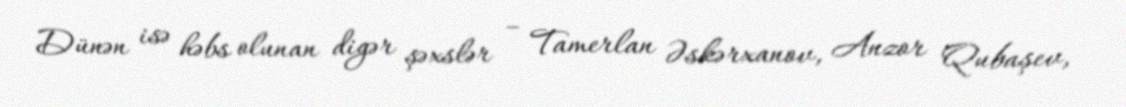
Dünən isə həbs olunan digər şəxslər – Tamerlan Əskərxanov, Anzor Qubaşev,